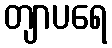
တျာပရေ